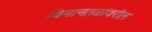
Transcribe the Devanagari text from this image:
विमानतळांवरील